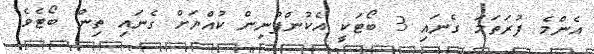
އެންމެ ފުރަތަމަ ގެނައި 3 ބޯޓަކީ އެކުންފުނިން ކުއްޔަށް ގެނައި ތިން ބޯޓެވެ.